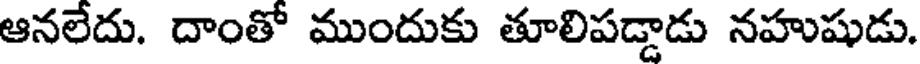
ఆనలేదు. దాంతో ముందుకు తూలిపడ్డాడు నహుషుడు.